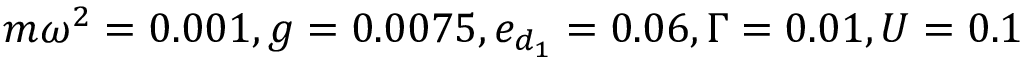
m \omega ^ { 2 } = 0 . 0 0 1 , g = 0 . 0 0 7 5 , e _ { d _ { 1 } } = 0 . 0 6 , \Gamma = 0 . 0 1 , U = 0 . 1